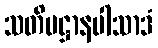
သတိပဋ္ဌာနပါသာဒံ